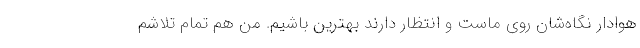
هوادار نگاه‌شان روی ماست و انتظار دارند بهترین باشیم. من هم تمام تلاشم